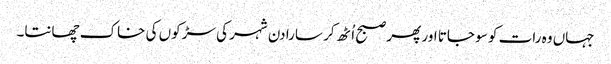
جہاں وہ رات کو سو جاتا اور پھر صبح اُٹھ کر سارا دن شہر کی سڑکوں کی خاک چھانتا۔